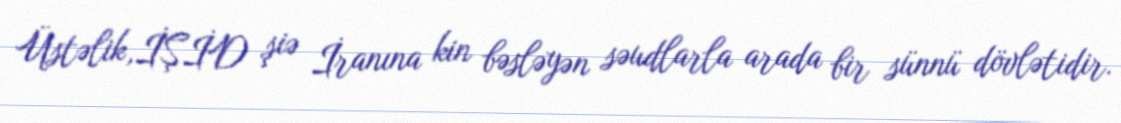
Üstəlik,İŞİD şiə İranına kin bəsləyən səudlarla arada bir sünnü dövlətidir.